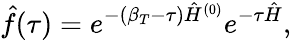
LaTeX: \hat{f}(\tau)=e^{-(\beta_{T}-\tau)\hat{H}^{(0)}}e^{-\tau\hat{H}},